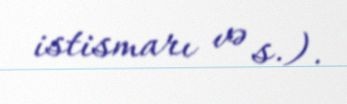
istismarı və s.).